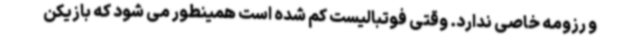
و رزومه خاصی ندارد. وقتی فوتبالیست کم شده است همینطور می شود که بازیکن